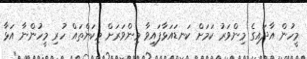
މީހުން އާދައިގެ މިންވަރު ކަމަށް ކަނޑައަޅާފައިވާ މިންވަރަށް މިކަންތައް ހުރި މީހުންނާ އަޅާ